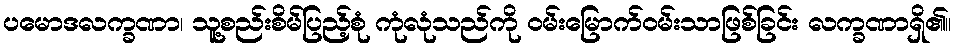
ပမောဒလက္ခဏာ၊ သူ့စည်းစိမ်ပြည့်စုံ ကုံလုံသည်ကို ဝမ်းမြောက်ဝမ်းသာဖြစ်ခြင်း လက္ခဏာရှိ၏။